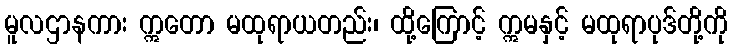
မူလဌာနကား ဣတော မထုရာယတည်း၊ ထို့ကြောင့် ဣမနှင့် မထုရာပုဒ်တို့ကို